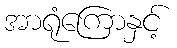
အာရုံကြောနှင့်